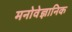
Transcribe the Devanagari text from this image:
मनोवेज्ञानिक